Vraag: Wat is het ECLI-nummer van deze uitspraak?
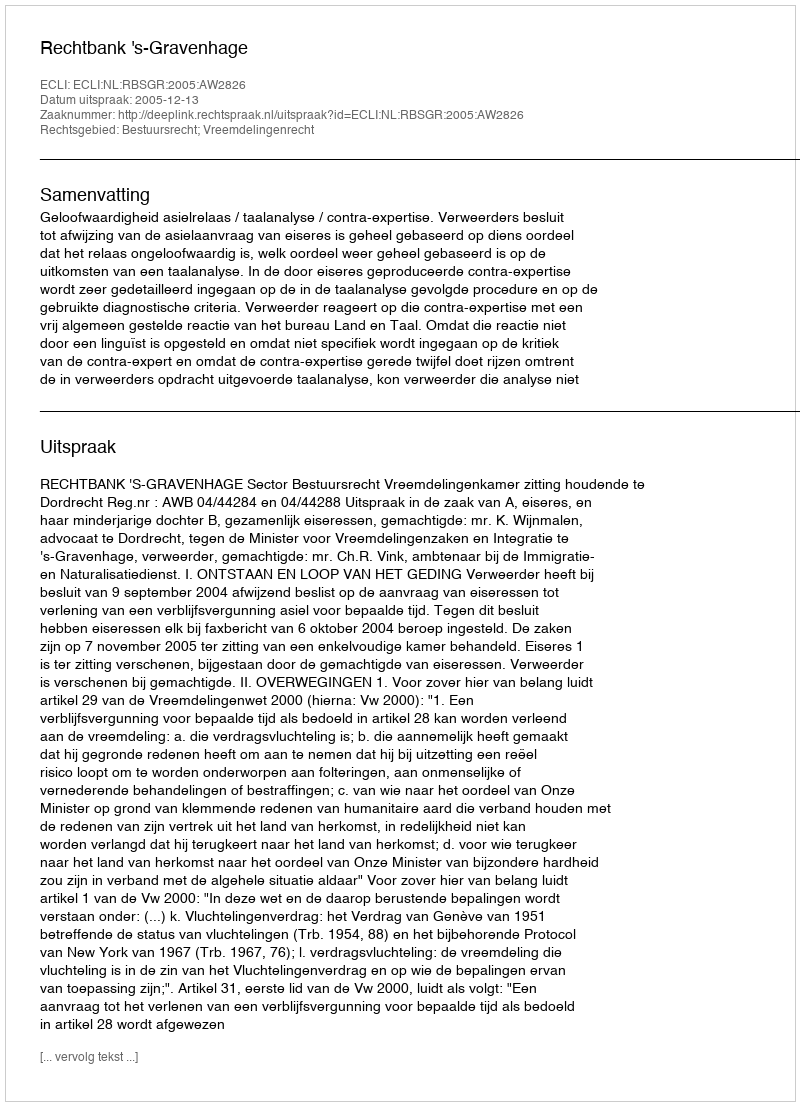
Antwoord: ECLI:NL:RBSGR:2005:AW2826